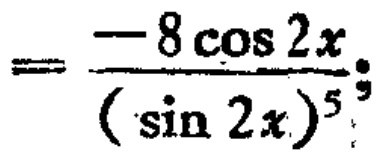
\[=\frac{-8\cos 2x}{(\sin 2x)^{5}}\]